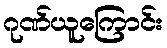
ဂုဏ်ယူကြောင်း